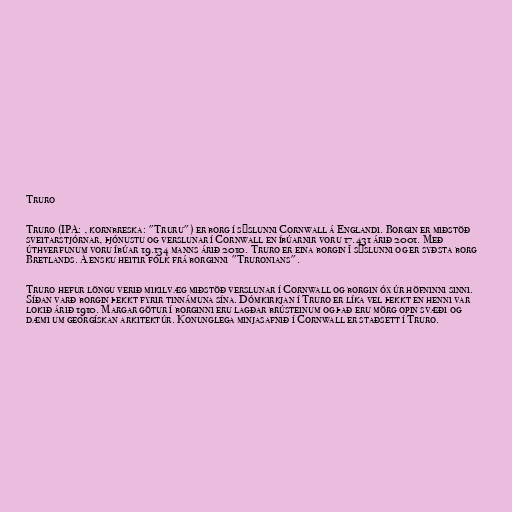
Truro

Truro (IPA: , kornbreska: "Truru") er borg í sýslunni Cornwall á Englandi. Borgin er miðstöð
sveitarstjórnar, þjónustu og verslunar í Cornwall en íbúarnir voru 17.431 árið 2001. Með
úthverfunum voru íbúar 19.134 manns árið 2010. Truro er eina borgin í sýslunni og er syðsta borg
Bretlands. Á ensku heitir fólk frá borginni "Truronians".

Truro hefur löngu verið mikilvæg miðstöð verslunar í Cornwall og borgin óx úr höfninni sinni.
Síðan varð borgin þekkt fyrir tinnámuna sína. Dómkirkjan í Truro er líka vel þekkt en henni var
lokið árið 1910. Margar götur í borginni eru lagðar brústeinum og það eru mörg opin svæði og
dæmi um georgískan arkitektúr. Konunglega minjasafnið í Cornwall er staðsett í Truro.